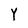
Character: Y